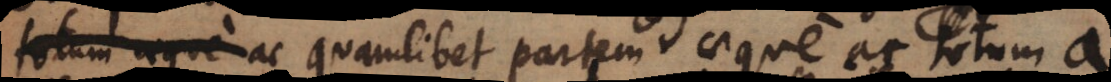
totum aeque quamlibet partem aeque ac totum a